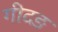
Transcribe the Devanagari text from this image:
गीदङ